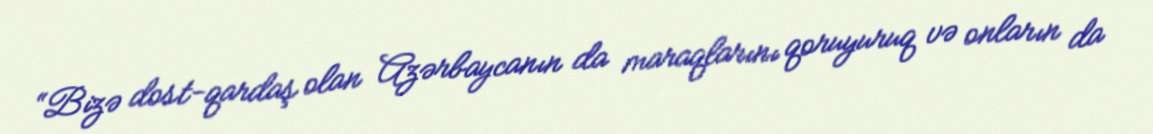
“Bizə dost-qardaş olan Azərbaycanın da maraqlarını qoruyuruq və onların da